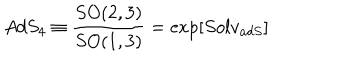
A d S _ { 4 } \equiv \frac { S O ( 2 , 3 ) } { S O ( 1 , 3 ) } = \exp \left[ S o l v _ { a d S } \right]